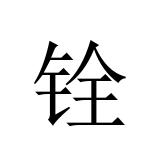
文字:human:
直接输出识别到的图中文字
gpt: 铨